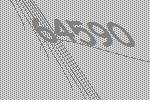
64590